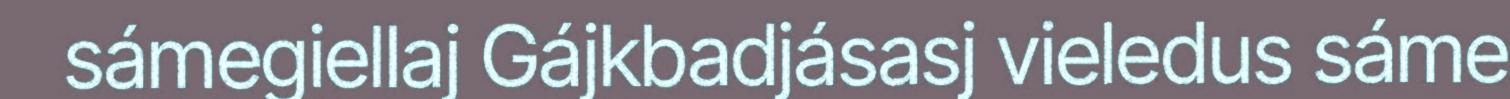
sámegiellaj Gájkbadjásasj vieledus sáme